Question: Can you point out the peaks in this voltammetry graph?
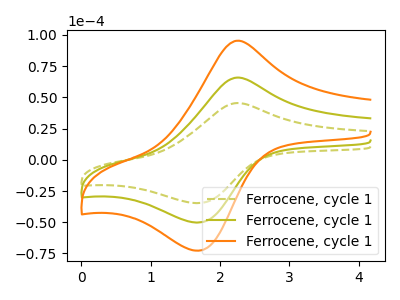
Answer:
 <answer>The olive dashed curve "Ferrocene, cycle 11" has an anodic peak at (2.25V, 45.45uA) and a cathodic peak at (1.70V, -34.65uA). The olive curve "Ferrocene, cycle 12" has an anodic peak at (2.25V, 65.85uA) and a cathodic peak at (1.70V, -50.20uA). The orange curve "Ferrocene, cycle 13" has an anodic peak at (2.25V, 131.65uA) and a cathodic peak at (1.70V, -100.45uA).</answer>
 <eval></eval>